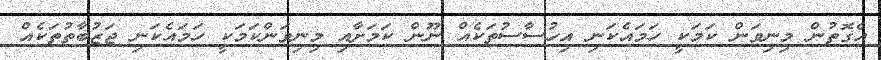
އެގޮތުން މިނިވަން ކަމަކީ ހަމައެކަނި އިހުސާސުތަކެއް ނޫން ކަމަށާއި މިނިވަންކަމަކީ ހަމައެކަނި ޖަޒުބާތުތަކެއް